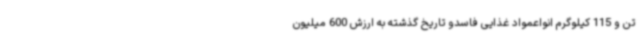
تن و 115 کیلوگرم انواعمواد غذایی فاسدو تاریخ گذشته به ارزش 600 میلیون